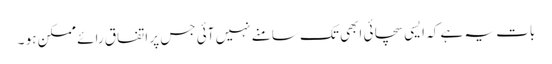
بات یہ ہے کہ ایسی سچائی ابھی تک سامنے نہیں آئی جس پر اتفاق رائے ممکن ہو ۔